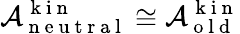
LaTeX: \mathcal{A}_{\mathrm{~n~e~u~t~r~a~l~}}^{\mathrm{~k~i~n~}}\cong\mathcal{A}_{\mathrm{~o~l~d~}}^{\mathrm{~k~i~n~}}